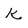
Character: k